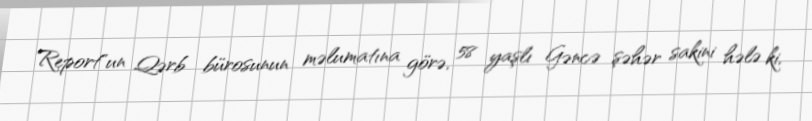
Report"un Qərb bürosunun məlumatına görə, 58 yaşlı Gəncə şəhər sakini hələ ki,